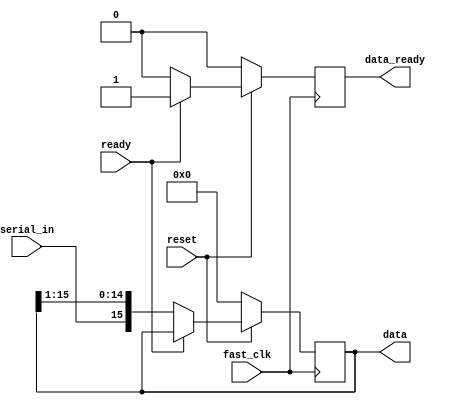
/*
* Expects serial_in to be sent in starting with the least significant bit.
* Send in OUTPUT_WIDTH worth of data, waiting for one clock cycle after each
* THEN pull ready high and wait another clock cycle.
*/
module input_collector
#(parameter OUTPUT_WIDTH = 16)
(
    input serial_in,
    input fast_clk,
    input ready,
    input reset,
    output reg [OUTPUT_WIDTH-1:0] data,
    output reg data_ready
);

    always @(posedge fast_clk) begin
        if(!reset) begin
            data <= {OUTPUT_WIDTH{1'd0}};
            data_ready <= 1'd0;
        end
        else if(!ready) begin
            data <= { serial_in, data[OUTPUT_WIDTH-1:1] };
            data_ready <= 1'd0;
        end
        else if(ready) begin
            data_ready <= 1'd1;
        end
    end
endmodule